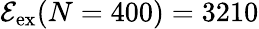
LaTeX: {\mathcal{E}_{\mathrm{{ex}}}(N=400)=3210}